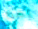
بهذا